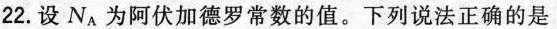
22.设N_{A}为阿伏加德罗常数的值。下列说法正确的是